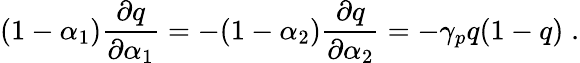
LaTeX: (1-\alpha_{1})\frac{\partial q}{\partial\alpha_{1}}=-(1-\alpha_{2})\frac{\partial q}{\partial\alpha_{2}}=-\gamma_{p}q(1-q)\; .